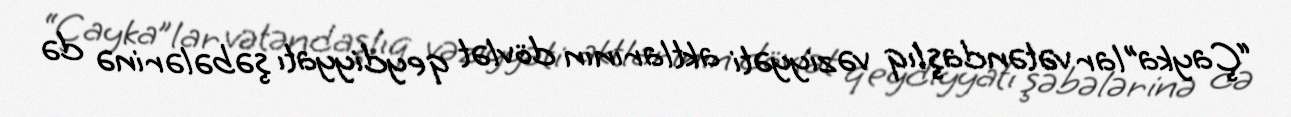
“Çayka”lar vətəndaşlıq vəziyyəti aktlarının dövlət qeydiyyatı şəbələrinə də